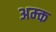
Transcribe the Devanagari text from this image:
अम्क